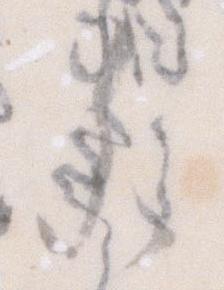
参